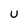
Character: U